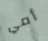
أمي